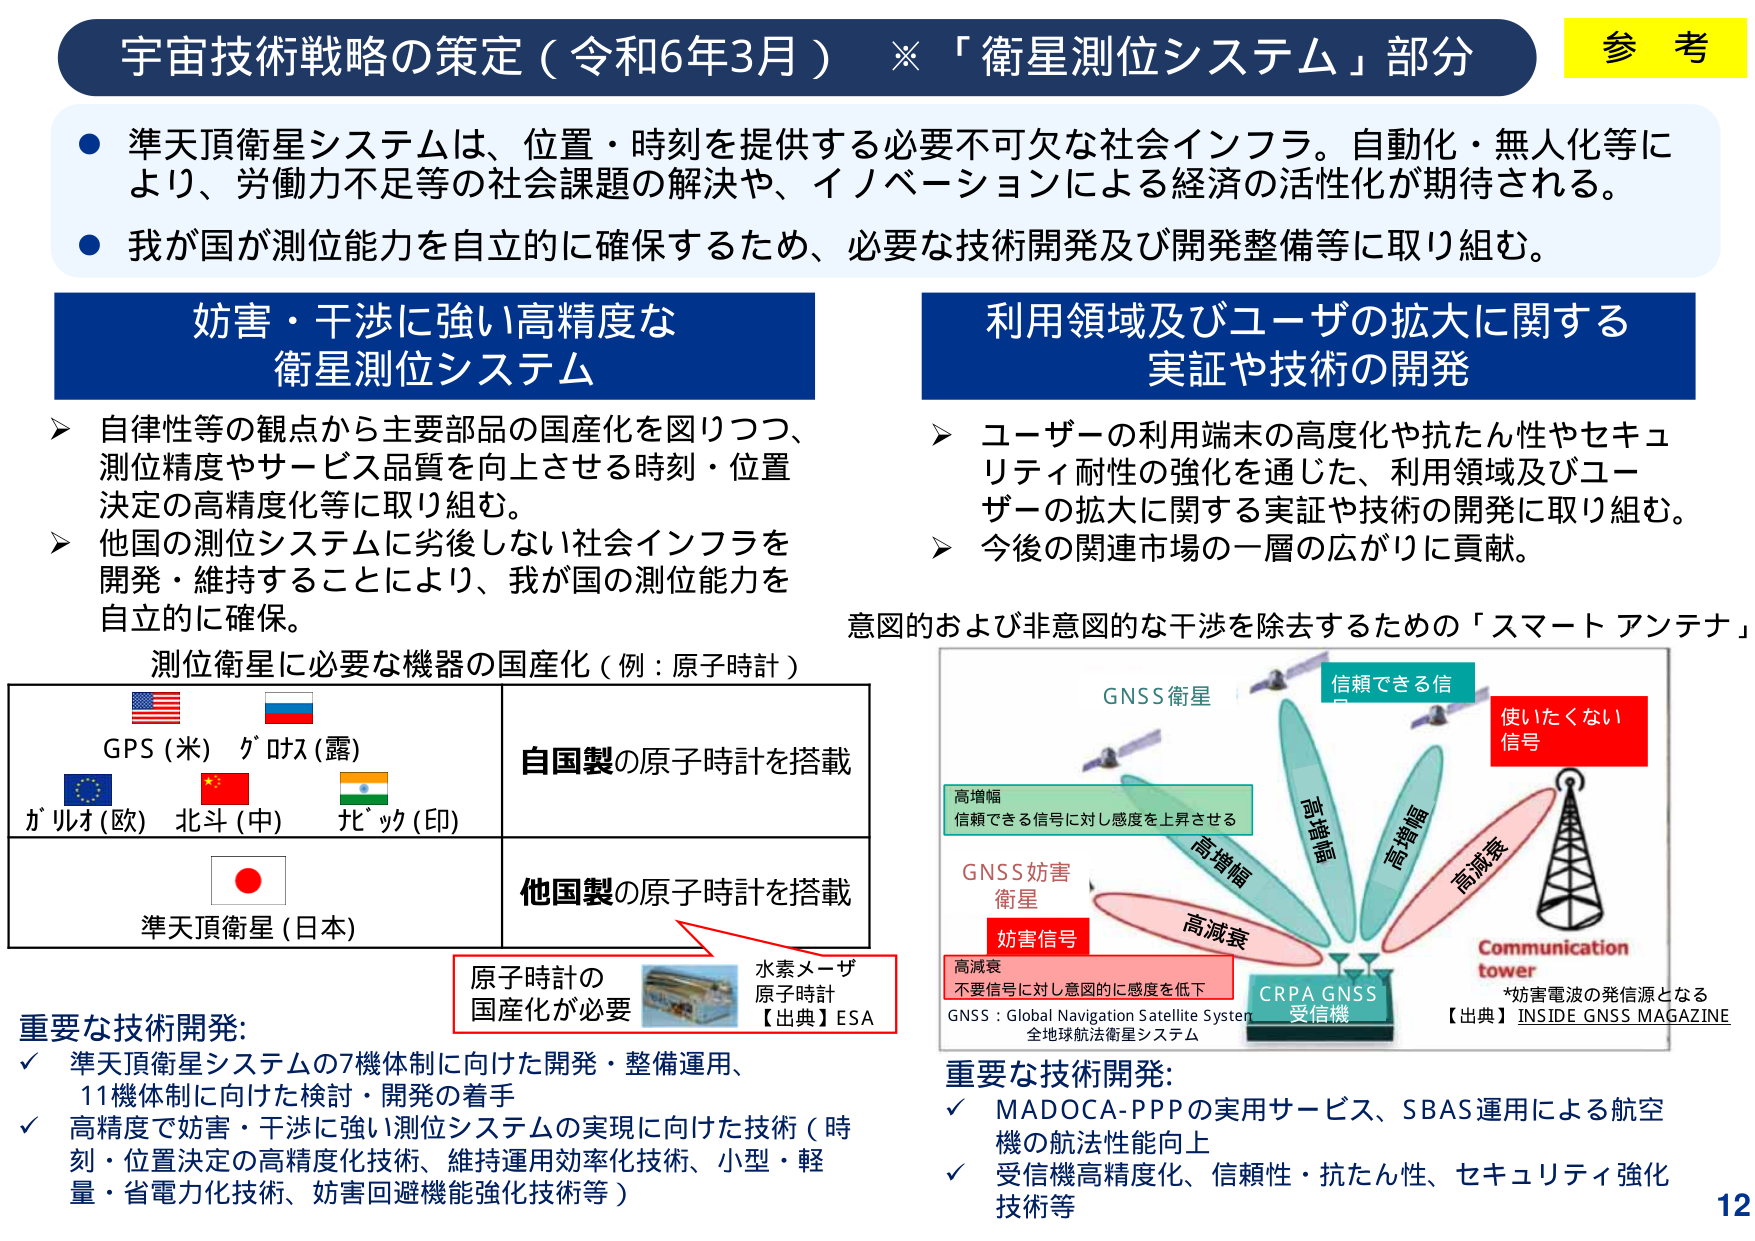
宇宙技術戦略の策定（令和6年3月）※「衛星測位システム」部分

● 準天頂衛星システムは、位置・時刻を提供する必要不可欠な社会インフラ。自動化・無人化等により、労働力不足等の社会課題の解決や、イノベーションによる経済の活性化が期待される。
● 我が国が測位能力を自立的に確保するため、必要な技術開発及び開発整備等に取り組む。

妨害・干渉に強い高精度な
衛星測位システム

➤ 自律性等の観点から主要部品の国産化を図りつつ、測位精度やサービス品質を向上させる時刻・位置決定の高精度化等に取り組む。
➤ 他国の測位システムに劣後しない社会インフラを開発・維持することにより、我が国の測位能力を自立的に確保。

測位衛星に必要な機器の国産化（例：原子時計）

GPS（米） グロナス（露）
ガリレオ（欧） 北斗（中） ナビック（印）

自国製の原子時計を搭載

準天頂衛星（日本）

他国製の原子時計を搭載

原子時計の
国産化が必要

水素メーザ
原子時計
【出典】ESA

重要な技術開発:
✓ 準天頂衛星システムの7機体制に向けた開発・整備運用、
11機体制に向けた検討・開発の着手
✓ 高精度で妨害・干渉に強い測位システムの実現に向けた技術（時刻・位置決定の高精度化技術、維持運用効率化技術、小型・軽量・省電力化技術、妨害回避機能強化技術等）

利用領域及びユーザーの拡大に関する
実証や技術の開発

➤ ユーザーの利用端末の高度化や抗たん性やセキュリティ耐性の強化を通じた、利用領域及びユーザーの拡大に関する実証や技術の開発に取り組む。
➤ 今後の関連市場の一層の広がりに貢献。

意図的および非意図的な干渉を除去するための「スマートアンテナ」

GNSS衛星

信頼できる信

使いたくない
信号

高増幅
信頼できる信号に対し感度を上昇させる

GNSS妨害
衛星

妨害信号

高減衰
不要信号に対し意図的に感度を低下

CRPA GNSS
受信機

Communication
tower

*妨害電波の発信源となる

GNSS：Global Navigation Satellite System
全球球航法衛星システム

【出典】INSIDE GNSS MAGAZINE

重要な技術開発:
✓ MADOCA-PPPの実用サービス、SBAS運用による航空機の航法性能向上
✓ 受信機高精度化、信頼性・抗たん性、セキュリティ強化技術等

参 考

12